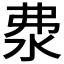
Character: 𣲴